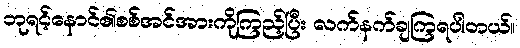
ဘုရင့်နောင်၏စစ်အင်အားကိုကြည့်ပြီး လက်နက်ချကြရပါတယ်။